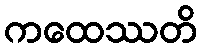
ကထေဿတိ